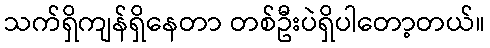
သက်ရှိကျန်ရှိနေတာ တစ်ဦးပဲရှိပါတော့တယ်။